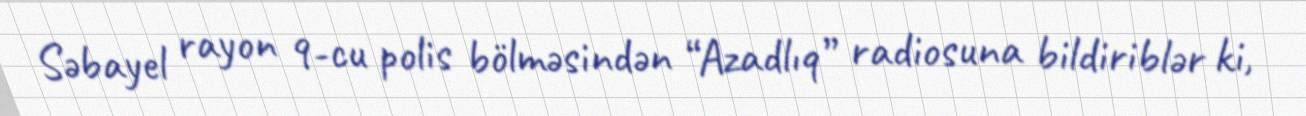
Səbayel rayon 9-cu polis bölməsindən “Azadlıq” radiosuna bildiriblər ki,